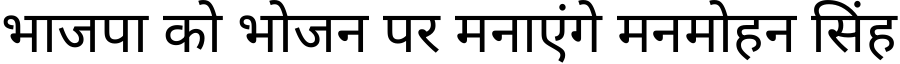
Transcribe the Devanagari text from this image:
भाजपा को भोजन पर मनाएंगे मनमोहन सिंह